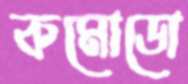
কমোডো